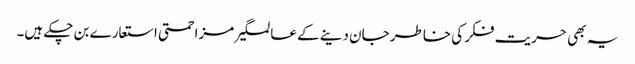
یہ بھی حریت فکر کی خاطر جان دینے کے عالمگیر مزاحمتی استعارے بن چکے ہیں۔